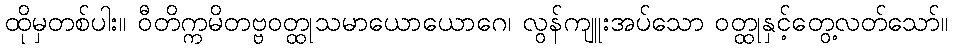
ထိုမှတစ်ပါး။ ဝီတိက္ကမိတဗ္ဗဝတ္ထုသမာယောယောဂေ၊ လွန်ကျူးအပ်သော ဝတ္ထုနှင့်တွေ့လတ်သော်။